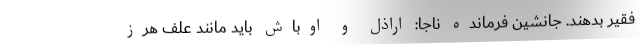
فقیر بدهند. جانشین فرمانده ناجا: اراذل و اوباش باید مانند علف هرز